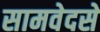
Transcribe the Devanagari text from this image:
सामवेदसे